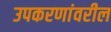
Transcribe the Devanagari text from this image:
उपकरणांवरील